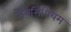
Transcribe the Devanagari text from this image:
मैंनसिपियम